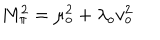
M _ { \pi } ^ { 2 } = \mu _ { o } ^ { 2 } + \lambda _ { o } v _ { o } ^ { 2 }